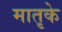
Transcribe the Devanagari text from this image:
मातृके